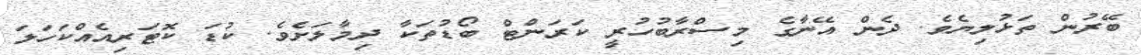
ބޭރުން ތަޅުލިޔެވެ. ދެން އޭނާގެ މިސްރާބުހުރީ ކަރަންޓް ބޯޑުތަކާ ދިމާލަށެވެ. ކުޑަ ކޮޓަރިއެއްކަހަލަ